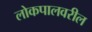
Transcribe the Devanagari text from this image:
लोकपालवरील